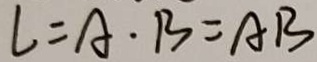
L = A \cdot B = A B